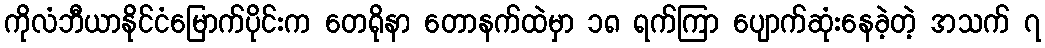
ကိုလံဘီယာနိုင်ငံမြောက်ပိုင်းက တေရိုနာ တောနက်ထဲမှာ ၁၈ ရက်ကြာ ပျောက်ဆုံးနေခဲ့တဲ့ အသက် ၇